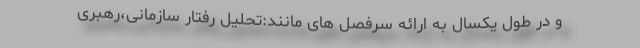
و در طول یکسال به ارائه سرفصل های مانند:تحلیل رفتار سازمانی،رهبری